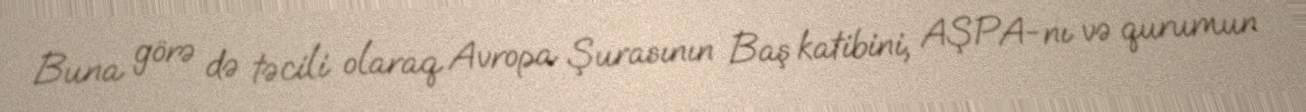
Buna görə də təcili olaraq Avropa Şurasının Baş katibini, AŞPA-nı və qurumun